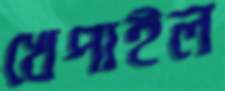
খেপাইল